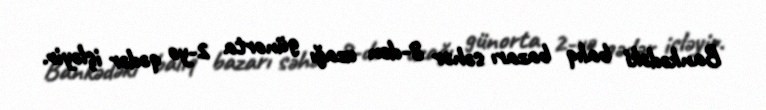
Bankədəki balıq bazarı səhər 8-dən uzağı günorta 2-yə qədər işləyir.